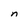
Character: n